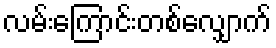
လမ်းကြောင်းတစ်လျှောက်